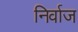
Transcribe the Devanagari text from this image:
निर्वाज